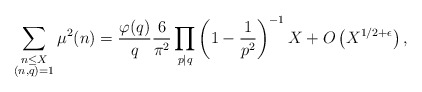
\begin{align*}\sum_{\substack{n\leq X\\ (n,q)=1}}\mu^2(n)=\dfrac{\varphi(q)}{q}\dfrac{6}{\pi^2}\prod_{p\mid q}\left(1-\frac{1}{p^2}\right)^{-1}X+O\left(X^{1/2+\epsilon}\right),\end{align*}